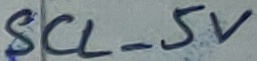
Text: SCL_5V